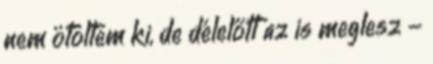
nem ötöltem ki, de délelőtt az is meglesz -